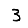
Digit: 3